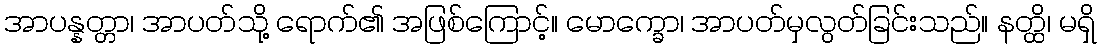
အာပန္နတ္တာ၊ အာပတ်သို့ ရောက်၏ အဖြစ်ကြောင့်။ မောက္ခော၊ အာပတ်မှလွတ်ခြင်းသည်။ နတ္ထိ၊ မရှိ